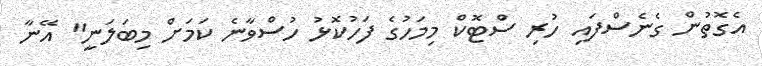
އެގޮތުން ގެނެސްފައި ހުރި ސްޓޮކް މިމަހުގެ ފަހުކޮޅު ހުސްވާނެ ކަމަށް މިބަލަނީ" އޭނާ